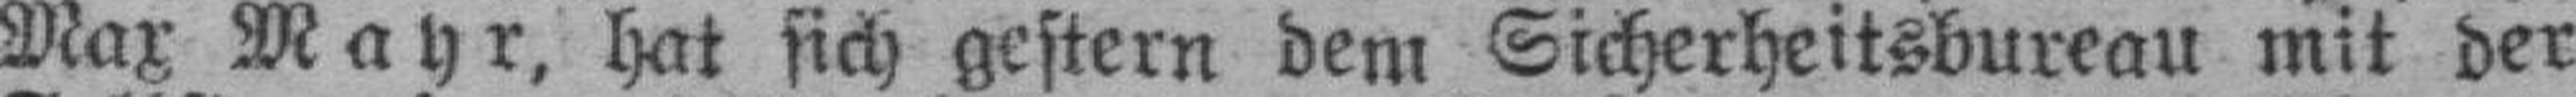
Max Mayr, hat sich gestern dem Sicherheitsbureau mit der